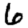
Digit: 6